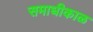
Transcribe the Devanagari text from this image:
समाधीकाळ